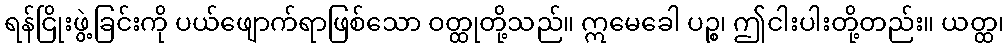
ရန်ငြိုးဖွဲ့ခြင်းကို ပယ်ဖျောက်ရာဖြစ်သော ဝတ္ထုတို့သည်။ ဣမေခေါ ပဉ္စ၊ ဤငါးပါးတို့တည်း။ ယတ္ထ၊